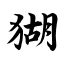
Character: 猢